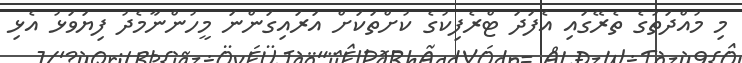
މި މުއްދަތުގެ ތެރޭގައި އެފަދަ ޓްރެފިކުގެ ކުށްތަކަށް އަރައިގަންނަ މީހުންނާމެދު ފިޔަވަޅު އެޅި